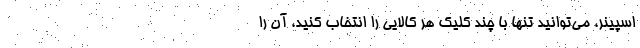
اسپینر، می‌توانید تنها با چند کلیک هر کالایی را انتخاب کنید، آن را